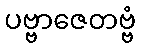
ပဗ္ဗာဇေတဗ္ဗံ